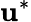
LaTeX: \mathbf{u}^{*}